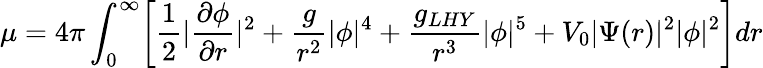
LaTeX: \mu=4\pi\int_{0}^{\infty}\biggl[\frac{1}{2}|\frac{\partial\phi}{\partial r}|^{2}+\frac{g}{r^{2}}|\phi|^{4}+\frac{g_{LHY}}{r^{3}}|\phi|^{5}+V_{0}|\Psi(r)|^{2}|\phi|^{2}\biggl]dr